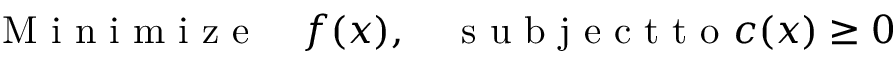
\mathrm { ~ M ~ i ~ n ~ i ~ m ~ i ~ z ~ e ~ } \quad f ( x ) , \quad \mathrm { ~ s ~ u ~ b ~ j ~ e ~ c ~ t ~ t ~ o ~ } c ( x ) \geq 0